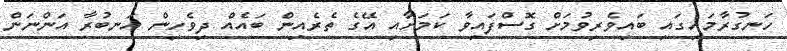
ހަނގުރާމައިގައި ބައިވެރިވުމަށް ގޮސްފައިވާ ކަމަށާއި އޭގެ ތެރެއިން ބައެއް ދިވެހިން އަނބުރާ އަންނަން